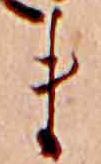
ま